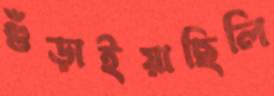
গুঁড়াইয়াছিলি